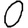
Digit: 0